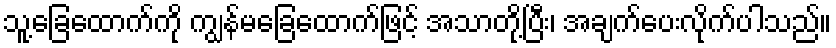
သူ့ခြေထောက်ကို ကျွန်မခြေထောက်ဖြင့် အသာတို့ပြီး၊ အချက်ပေးလိုက်ပါသည်။